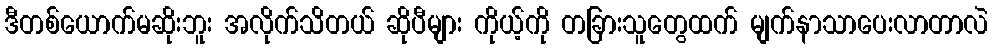
ဒီတစ်ယောက်မဆိုးဘူး အလိုက်သိတယ် ဆိုပီများ ကိုယ့်ကို တခြားသူတွေထက် မျက်နာသာပေးလာတာလဲ